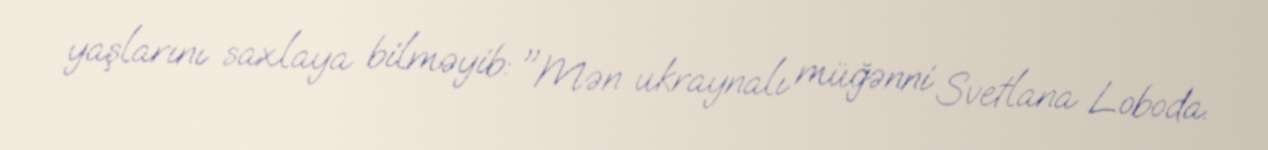
yaşlarını saxlaya bilməyib: "Mən ukraynalı müğənni Svetlana Loboda.